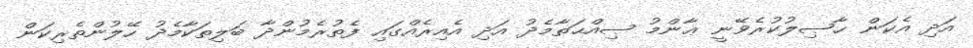
އަދި އެކަން ޙާޞިލުކުރެވޭނީ ޢާންމު ޞިއްޙަތާމެދު އަދި އެއިރެއްގައި ފެތުރެމުންދާ ބަލިތަކާމެދު ހޭލުންތެރިކަން